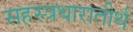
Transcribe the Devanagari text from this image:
सहस्त्रधारातीर्थ